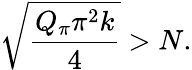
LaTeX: \sqrt{\frac{Q_{\pi}\pi^{2}k}{4}}>N.